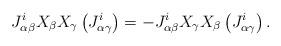
LaTeX: \begin{align*}J_{\alpha\beta}^{i}X_\beta X_\gamma\left(J_{\alpha\gamma}^{i}\right)=-J_{\alpha\beta}^{i}X_\gamma X_\beta\left(J_{\alpha\gamma}^{i}\right).\end{align*}